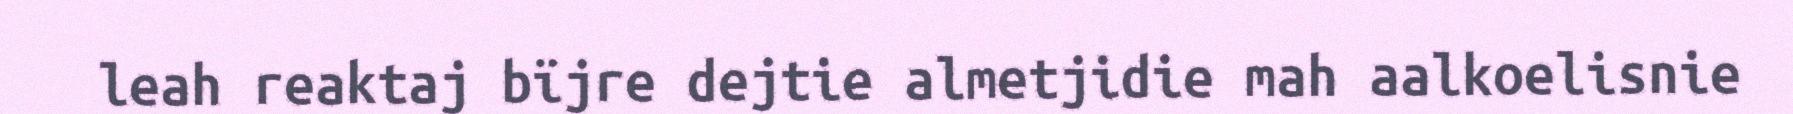
leah reaktaj bïjre dejtie almetjidie mah aalkoelisnie